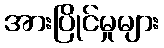
အားပြိုင်မှုများ